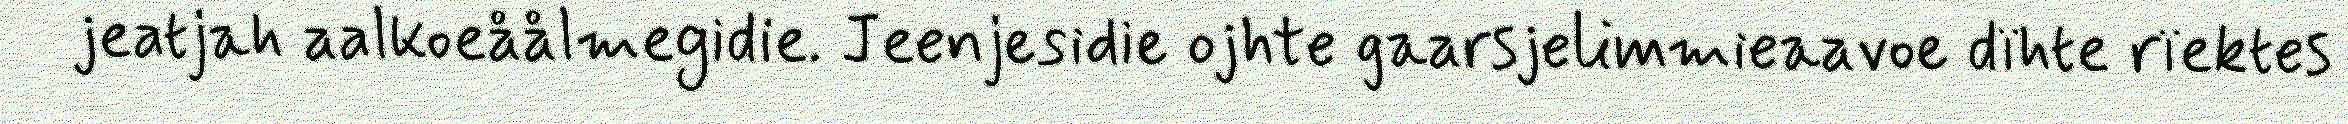
jeatjah aalkoeåålmegidie. Jeenjesidie ojhte gaarsjelimmieaavoe dïhte rïektes